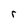
Character: r